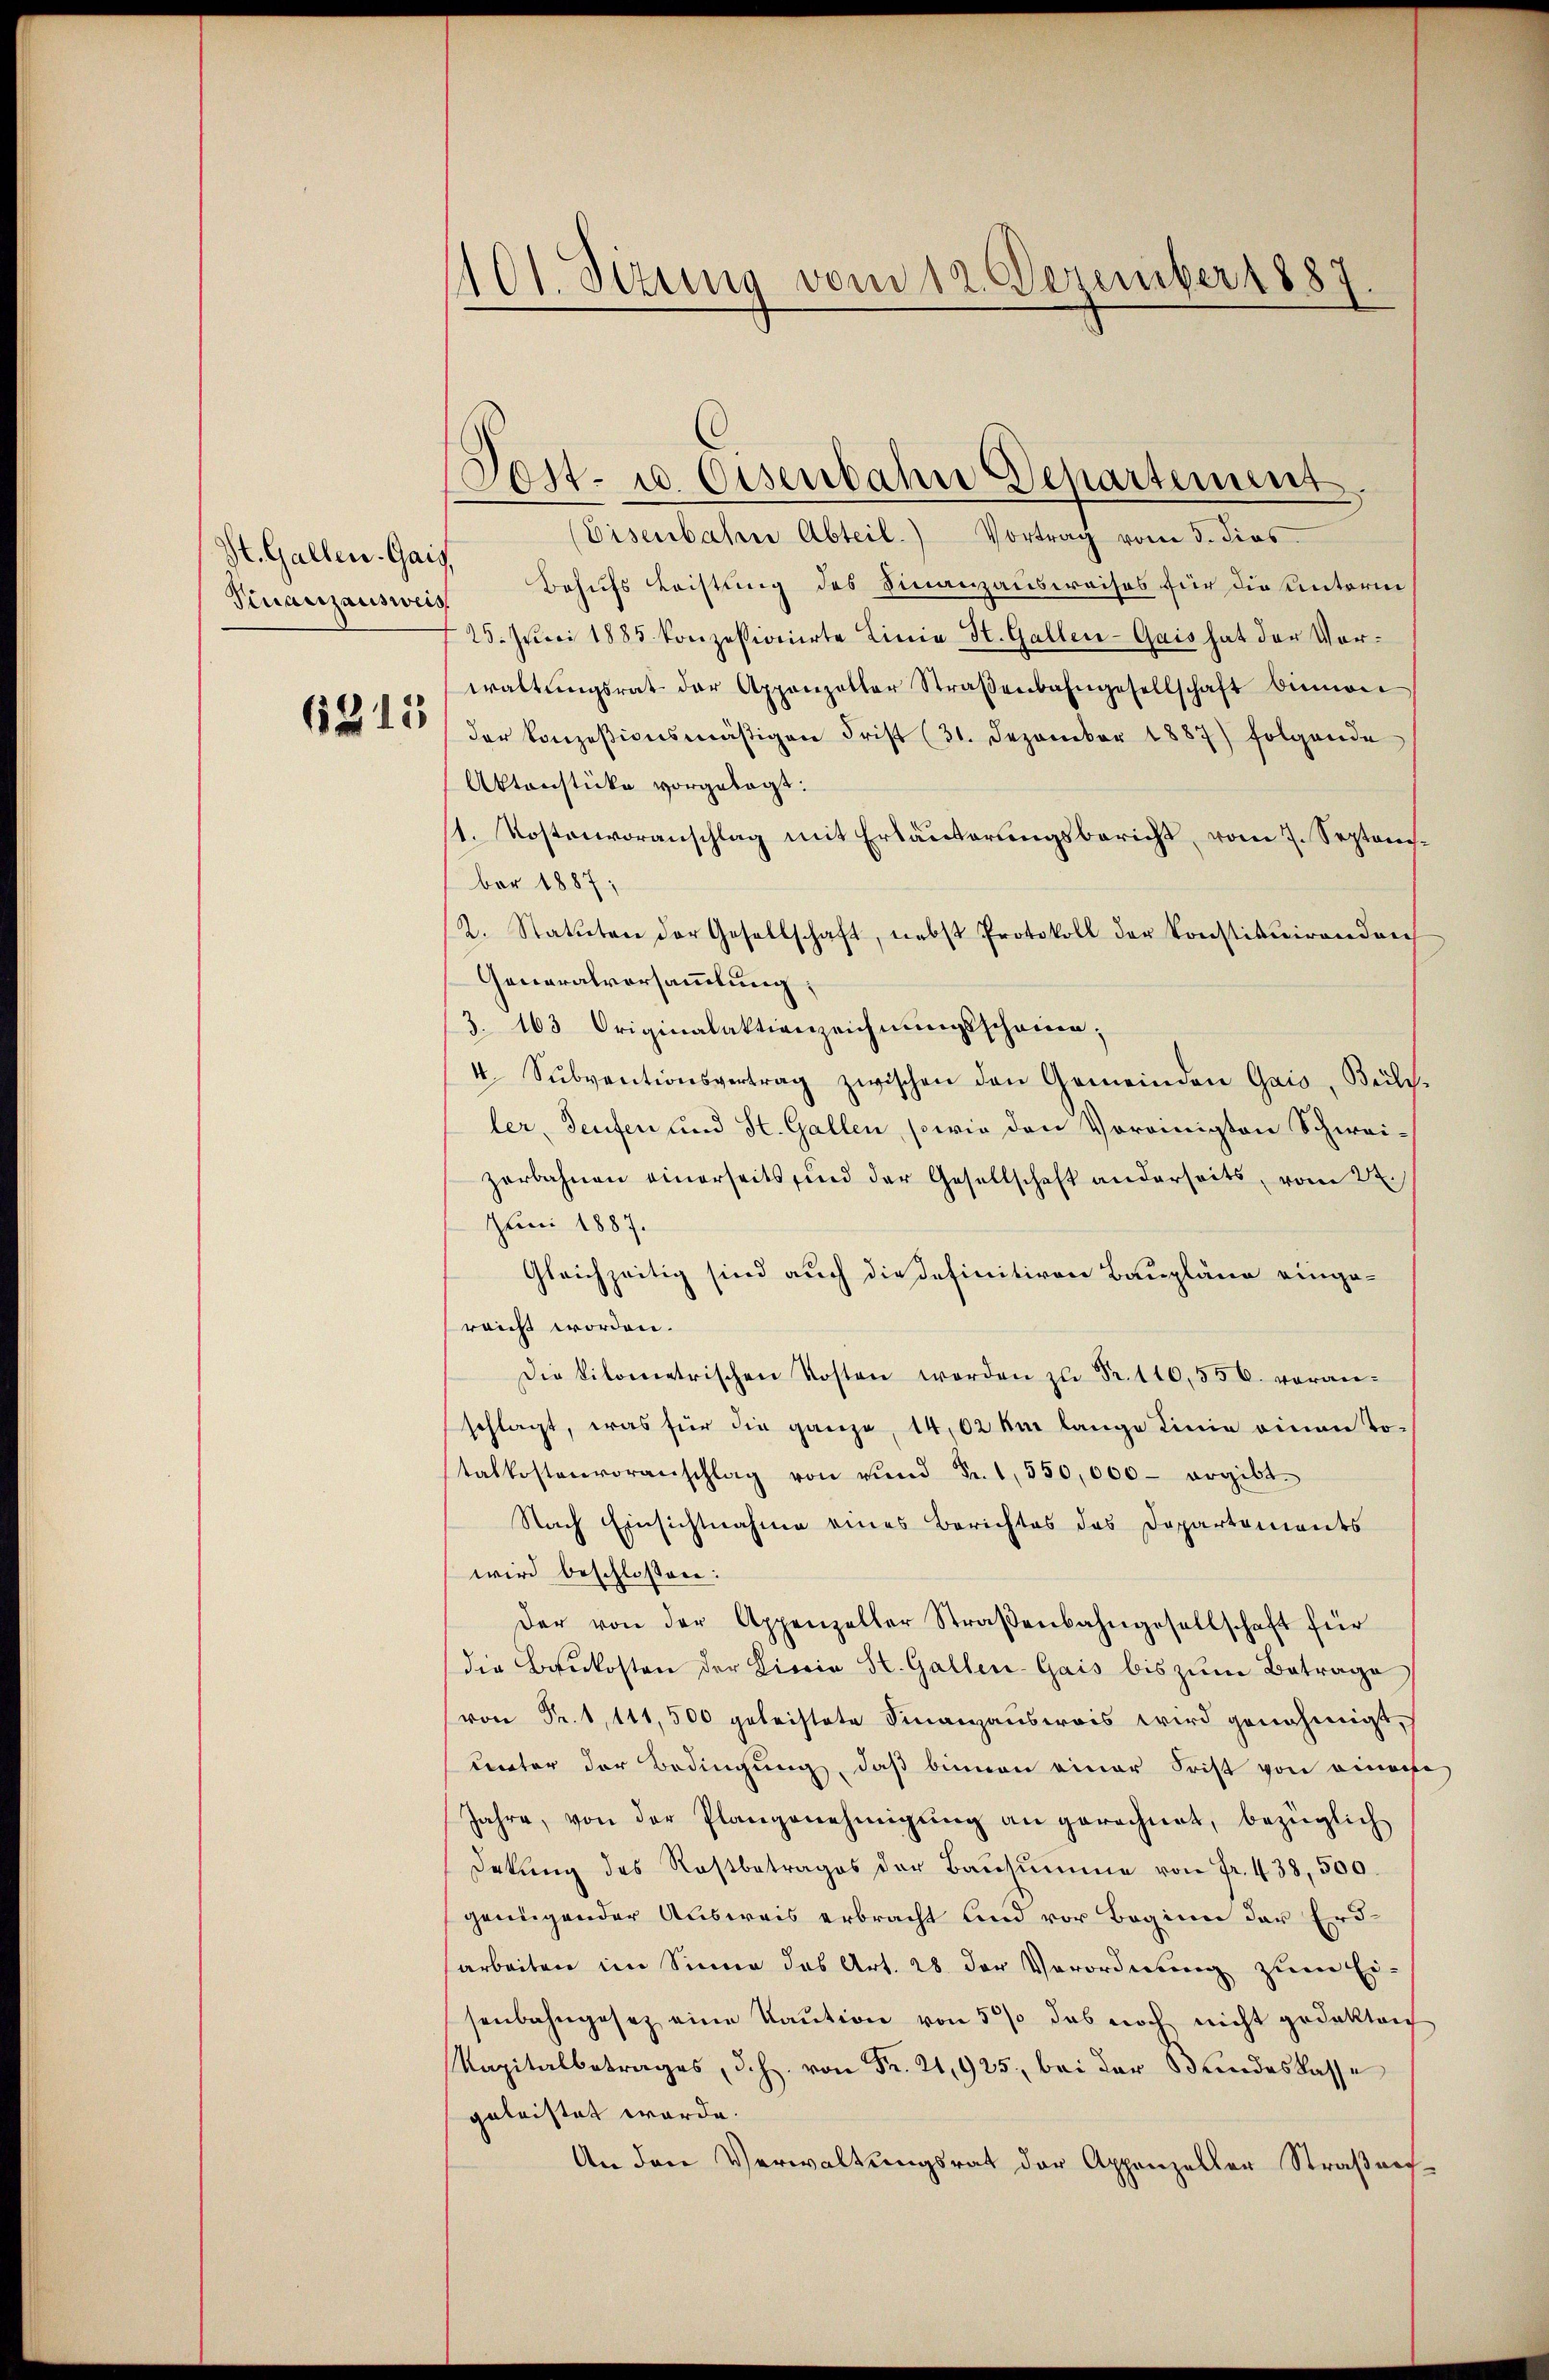
St. Gallen. Gais

6315

101. Sizung vom 12. Dezember 1887.

(Eisenbahne Abteil) Vortrag vom 5. dies
Finanzausweis Behufs Leistung des Finanzausweises für die Unterm
25. Juni 1885 konzessionirte Linie St. Gallen-Gais hat der Vorwaltŭngsrat der Appenzelter Straβenbahngesellschaft binnen
der konzesionsmäßigen Frist (31. Dezember 1887) folgende
Aktenstücke vorgelegt.
1. Kostenvoranschlag mit Erläuterungsbericht, vom 7. September 1887;
2. Statteten der Gesellschaft, nebst Protokoll der Konstituirendrec
Generalversammlung,
3. 163 Originalaktionszeichnungsscheine;
4 Sŭbventionsvertrag zwischen den Gemeinden Gais, Büller, Seufen und St. Gallen, sowie den Voreinigten Schweizerbahnen einerseits und der Gesellschaft anderseits vom 24.
Juni 1887.
Gleichzeitig sind auch die definitiven Baupläne eingeraicht worden.
Die Kilometrischen Kosten worden zŭ Fr. 110,556. voran-
schlagt, was für die ganze, 14,02 km lange Linie einen Totalkostenvoranschlag von rŭnd Fr. 1, 550,000 ergibt.
Nach Einsichtnahme eines Berichtes des Departements
wird beschloßen:
der von der Appenzeller Straβenbahngesellschaft für
die Baukosten der Livria St. Gallen-Gais bis zŭm Betrage
von Fr. 1, 111,500 geleistete Finanzausweis wird genehmigt,
uunter der Bedingung, daß binnen einer Frist von einahe
Jahre, von der Plangenehmigŭng an gerechnet, bezüglich
Dekŭng des Rostbetrages der Baŭsŭmme von Fr. 438, 500.
genügender Ausweis erbracht und vor Beginn der Erdarbeiten im Sinne das Art. 28 der Verordnung zum Ei-
senbahngesetz eine Kaŭtion von 50 das noch nicht gedekten
apitalbetrages, d. h. von Fr. 21,925. bei der Bundeslasse
geleistet werde.
An den Verwaltungsrat der Appenzeller Straßreg

Post- u. Osenbahn Departement